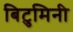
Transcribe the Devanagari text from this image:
बिटुमिनी